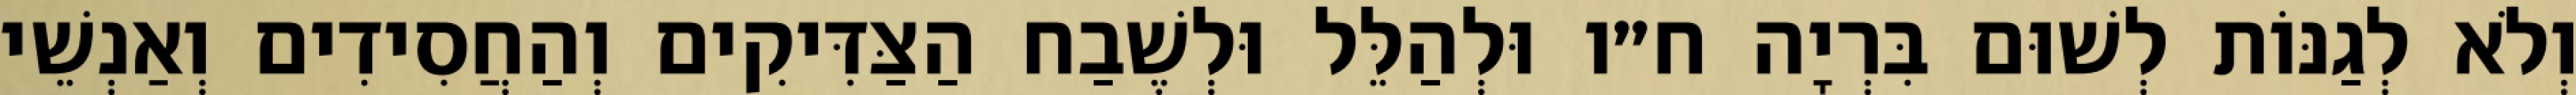
וְלֹא לְגַנּוֹת לְשׁוּם בִּרְיָה ח״ו וּלְהַלֵּל וּלְשֶׁבַח הַצַּדִּיקִים וְהַחֲסִידִים וְאַנְשֵׁי